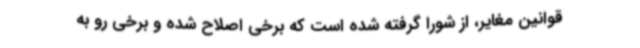
قوانین مغایر، از شورا گرفته شده است که برخی اصلاح شده و برخی رو به